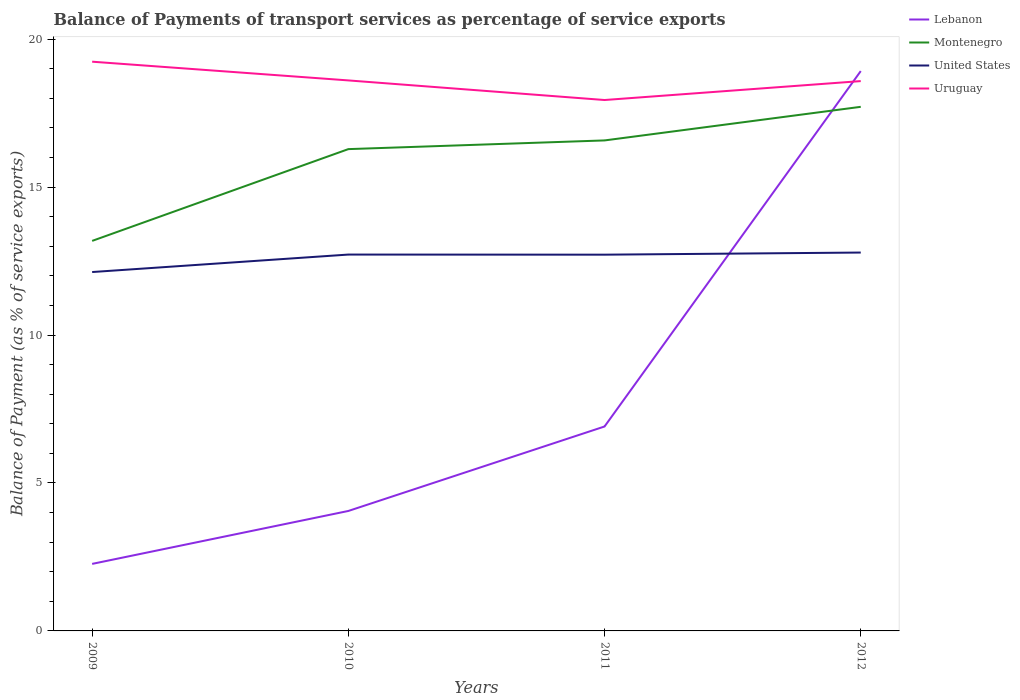
| Years | Lebanon | Montenegro | United States | Uruguay |
 | --- | --- | --- | --- | --- |
 | 2009 | 2.27 | 13.2 | 12.1 | 19.2 |
 | 2010 | 4.05 | 16.3 | 12.7 | 18.6 |
 | 2011 | 6.91 | 16.6 | 12.7 | 17.9 |
 | 2012 | 18.9 | 17.7 | 12.8 | 18.6 |